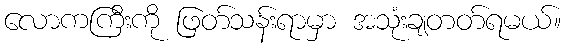
လောကကြီးကို ဖြတ်သန်းရာမှာ အသုံးချတတ်ရမယ်။